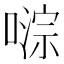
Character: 𫫥